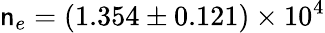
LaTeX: \mathsf{n}_{e}=(1.354\pm0.121)\times10^{4}